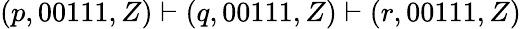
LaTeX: (p,00111,Z)\vdash(q,00111,Z)\vdash(r,00111,Z)